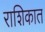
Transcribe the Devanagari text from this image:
राशिकात